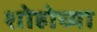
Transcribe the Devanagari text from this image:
शोहोच्या